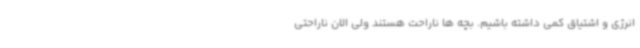
انرژی و اشتیاق کمی داشته باشیم. بچه ها ناراحت هستند ولی الان ناراحتی